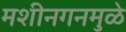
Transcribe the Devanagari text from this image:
मशीनगनमुळे